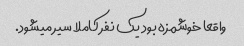
واقعا خوشمزه بود یک نفر کاملا سیر میشود.